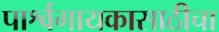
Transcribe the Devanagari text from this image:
पार्श्वगायकासाठीचा